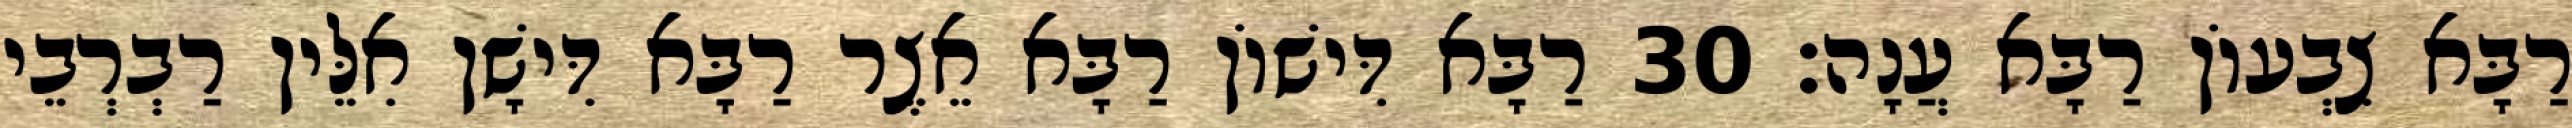
רַבָּא צִבְעוֹן רַבָּא עֲנָה׃ 30 רַבָּא דִּישׁוֹן רַבָּא אֵצֶר רַבָּא דִּישָׁן אִלֵּין רַבְרְבֵי